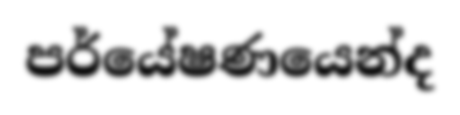
පර්යේෂණයෙන්ද